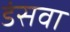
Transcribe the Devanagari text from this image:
डंसवा